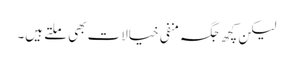
لیکن کچھ جگہ منفی خیالات بھی ملتے ہیں۔